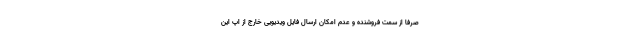
صرفا از سمت فروشنده و عدم امکان ارسال فایل ویدیویی خارج از اپ این